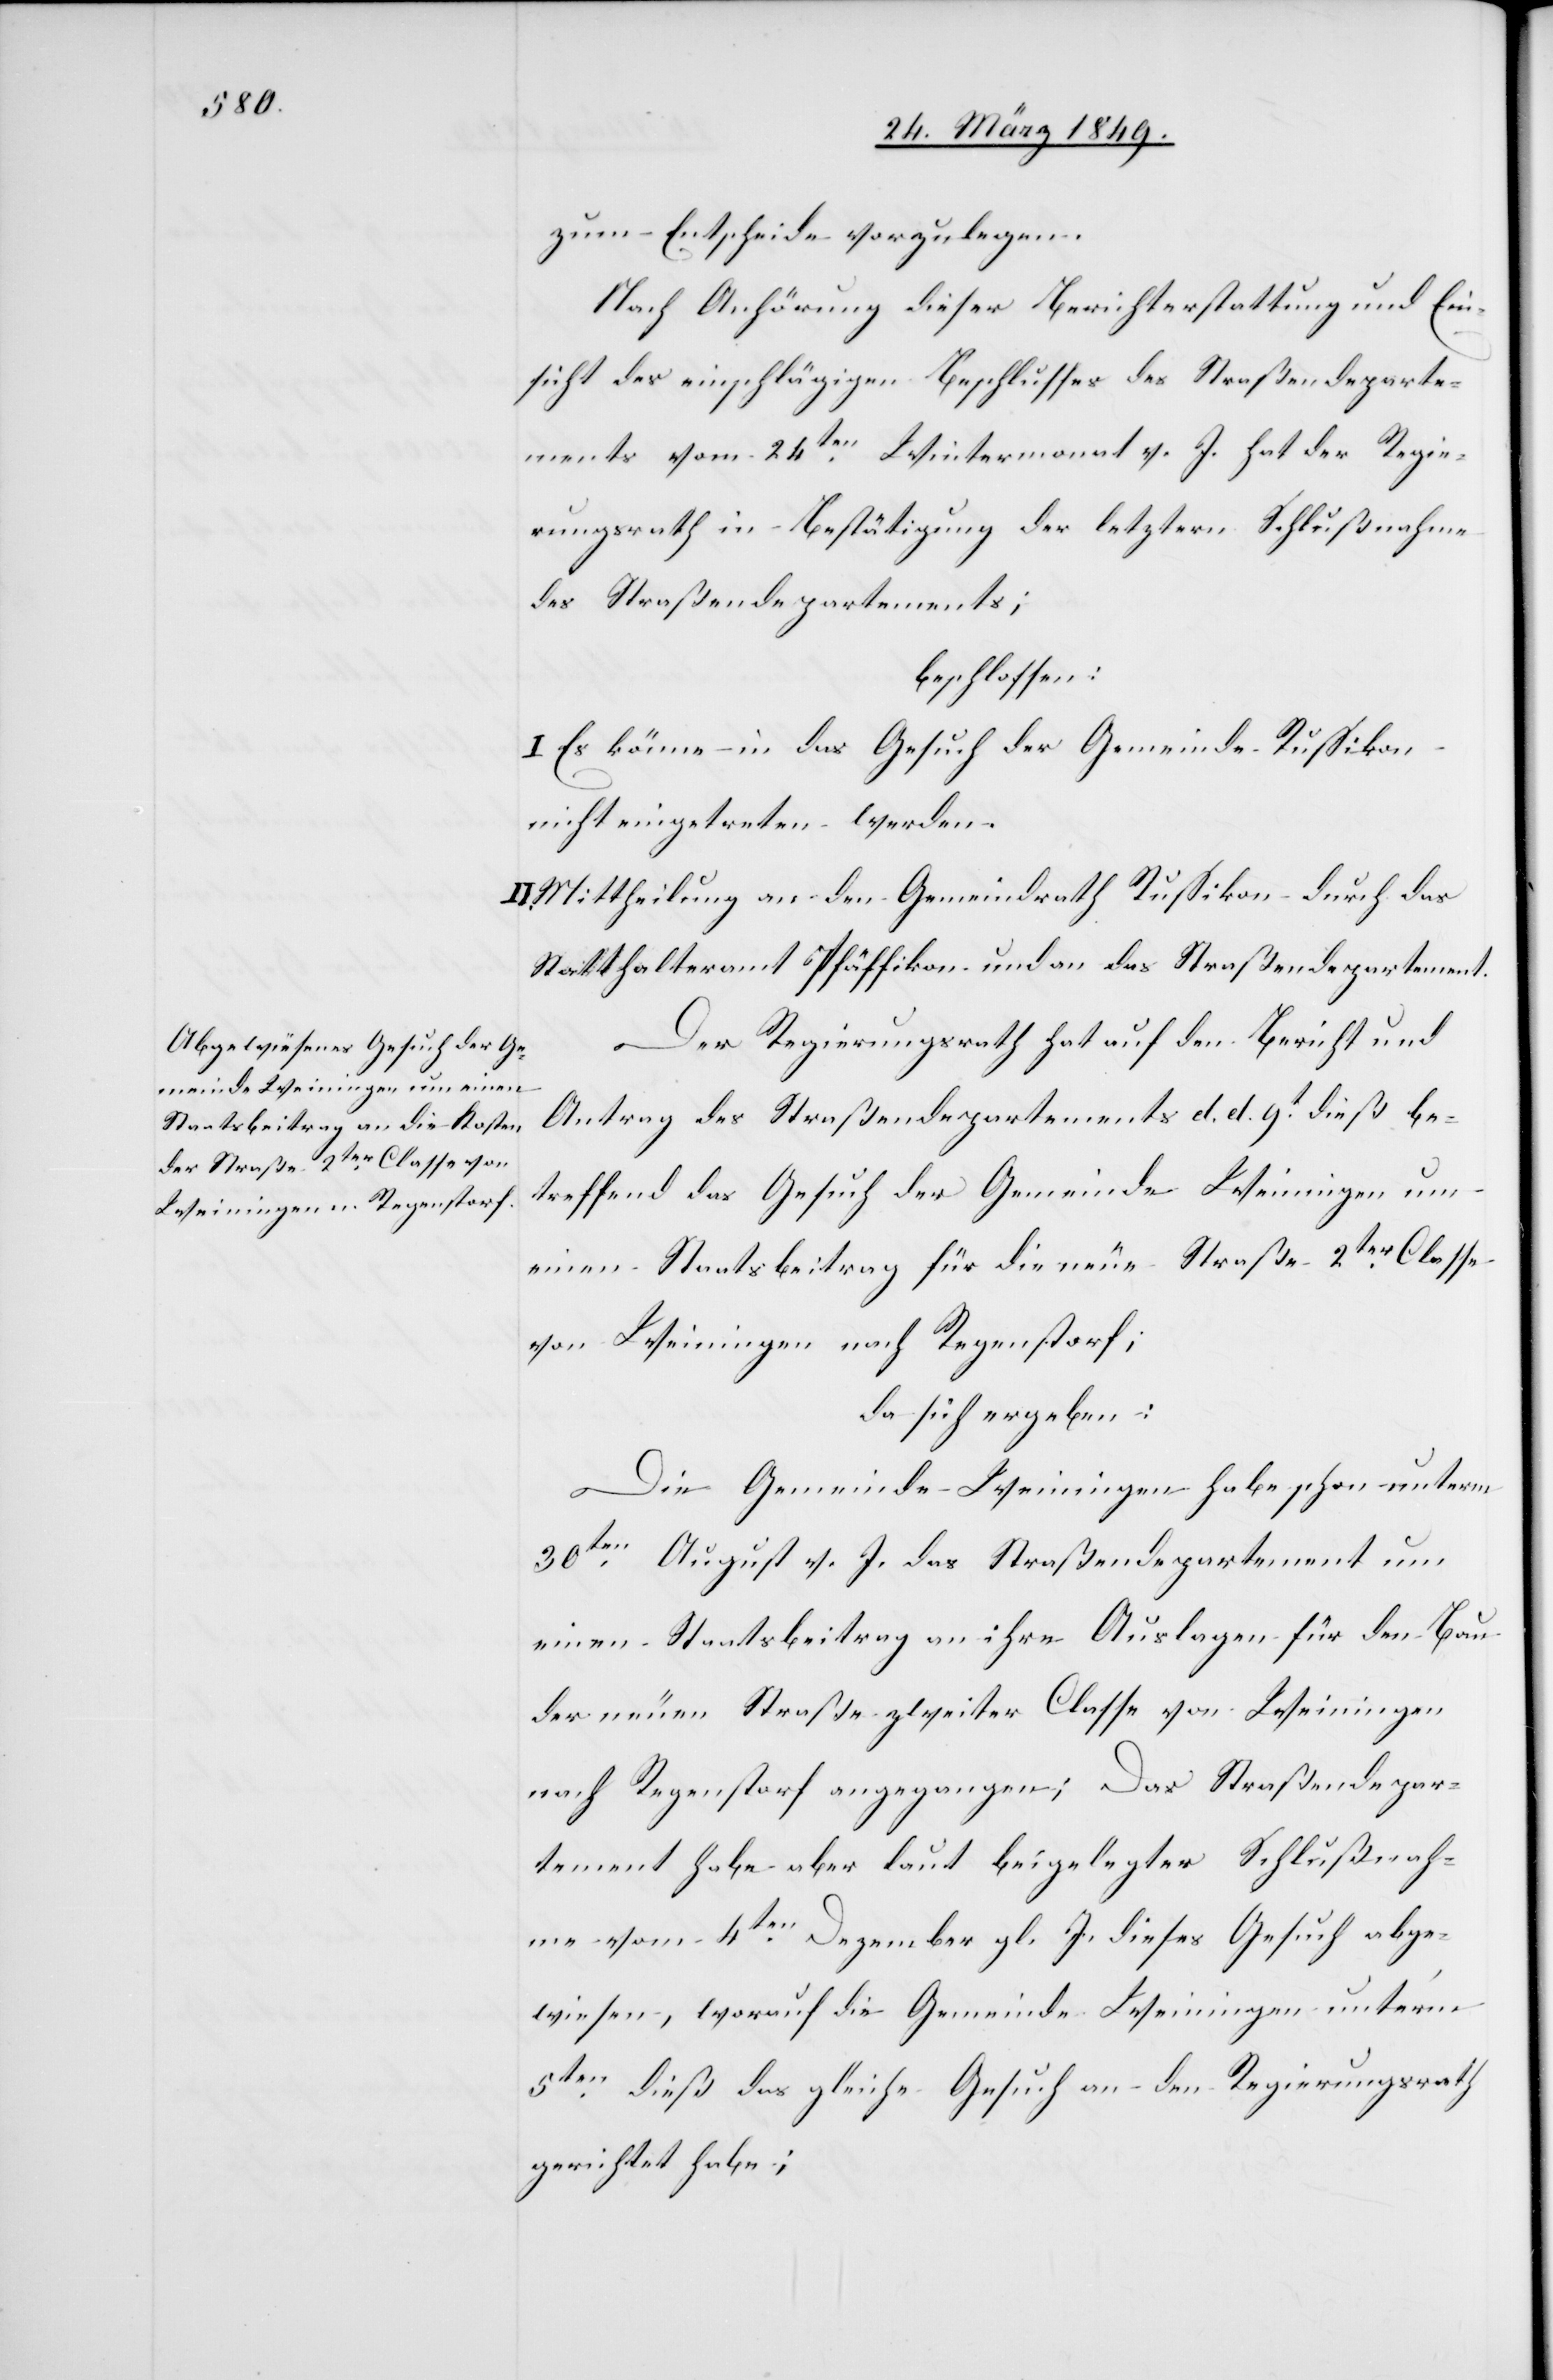
zum Entscheide vorzulegen.
Nach Anhörung dieser Berichterstattung und Ein¬
sicht des einschlägigen Beschlusses des Straßendeparte¬
ments vom 24ten. Wintermonat v. J. hat der Regie¬
rungsrath in Bestätigung der letztern Schlußnahme
des Straßendepartements;
beschlossen:
I. Es könne in das Gesuch der Gemeinde Russikon
nicht eingetreten werden.
Mittheilung an den Gemeindrath Russikon durch das
Statthalteramt Pfäffikon und an das Straßendepartement.
Der Regierungsrath hat auf den Bericht und
Antrag des Straßendepartements d. d. 9t. dieß be¬
treffend das Gesuch der Gemeinde Weiningen um
einen Staatsbeitrag für die neue Straße 2ter. Classe
von Weiningen nach Regenstorf;
da sich ergeben:
Die Gemeinde Weiningen habe schon unterm
30ten. August v. J. das Straßendepartement um
einen Staatsbeitrag an ihre Auslagen für den Bau
der neuen Straße zweiter Classe von Weiningen
nach Regenstorf angegangen; Das Straßendepar¬
tement habe aber laut beigelegter Schlußnah¬
me vom 4ten. Dezember gl. J. dieses Gesuch abge¬
wiesen, worauf die Gemeinde Weiningen unter’m
5ten. dieß das gleiche Gesuch an den Regierungsrath
gerichtet habe;